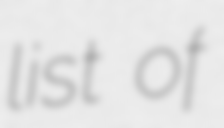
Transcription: list of